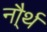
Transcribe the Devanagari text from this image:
नौ्र्थ